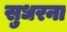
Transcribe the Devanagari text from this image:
सुधरना